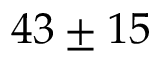
4 3 \pm 1 5